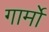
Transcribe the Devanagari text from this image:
गार्मो